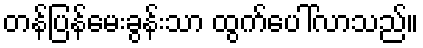
တန်ပြန်မေးခွန်းသာ ထွက်ပေါ်လာသည်။